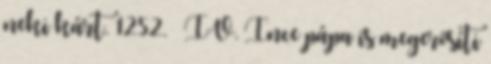
neki kárt. 1252. – IV. Ince pápa is megerősíti